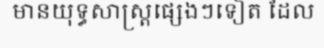
មានយុទ្ធសាស្ត្រផ្សេងៗទៀត ដែល